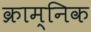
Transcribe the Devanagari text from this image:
क्राम्निक